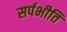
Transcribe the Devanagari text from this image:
सर्पभीति